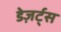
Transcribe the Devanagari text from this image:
डेज़र्ट्स